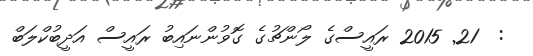
:  21